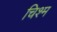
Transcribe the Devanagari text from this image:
चिश्म